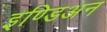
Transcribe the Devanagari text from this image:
इण्डिअन